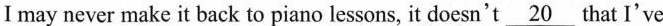
I may never make it back to piano lessons, it doesn't \underline{20} that I've